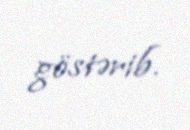
göstərib.